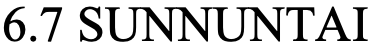
6.7 SUNNUNTAI